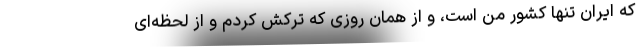
که ایران تنها کشور من است، و از همان روزی که ترکش کردم و از لحظه‌ای